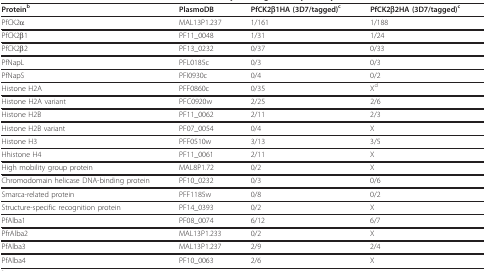
| Proteinb | PlasmoDB | PfCK2β1HA (3D7/tagged)c | PfCK2β2HA (3D7/tagged)c |
 | --- | --- | --- | --- |
 | PfCK2α | MAL13P1.237 | 1/161 | 1/188 |
 | PfCK2β1 | PF11_0048 | 1/31 | 1/24 |
 | PfCK2β2 | PF13_0232 | 0/37 | 0/33 |
 | PfNapL | PFL0185c | 0/3 | 0/3 |
 | PfNapS | PFI0930c | 0/4 | 0/2 |
 | Histone H2A | PFF0860c | 0/35 | Xd |
 | Histone H2A variant | PFC0920w | 2/25 | 2/6 |
 | Histone H2B | PF11_0062 | 2/11 | 2/3 |
 | Histone H2B variant | PF07_0054 | 0/4 | X |
 | Histone H3 | PFF0510w | 3/13 | 3/5 |
 | Hhistone H4 | PF11_0061 | 2/11 | X |
 | High mobility group protein | MAL8P1.72 | 0/2 | X |
 | Chromodomain helicase DNA-binding protein | PF10_0232 | 0/3 | 0/6 |
 | Smarca-related protein | PFF1185w | 0/8 | 0/2 |
 | Structure-specific recognition protein | PF14_0393 | 0/2 | X |
 | PfAlba1 | PF08_0074 | 6/12 | 6/7 |
 | PfrAlba2 | MAL13P1.233 | 0/2 | X |
 | PfAlba3 | MAL13P1.237 | 2/9 | 2/4 |
 | PfAlba4 | PF10_0063 | 2/6 | X |